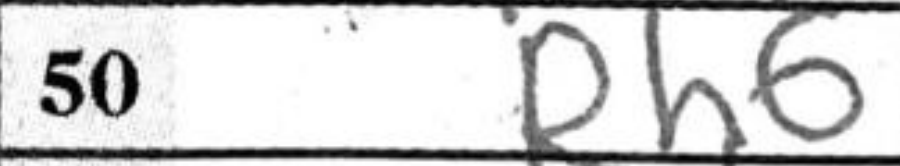
Transcription: Rh6